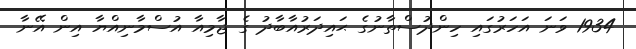
1934 ވަނަ އަހަރުގައި ހިންދުސްތާނުގެ ޙައިދަރުއާބާދު ގެ ޖާމިއާ އުސްމާނިއްޔާ އިން އޭނާ